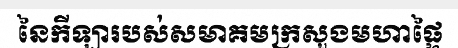
នៃកីឡារបស់សមាគមក្រសួងមហាផ្ទៃ